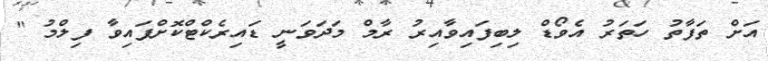
އަށް ތަފާތު ހަތަރު އެވޯޑް ލިބިފައިވާއިރު ރާމް މަދަވަނީ ޑައިރެކްޓްކޮށްފައިވާ ފިލްމު "